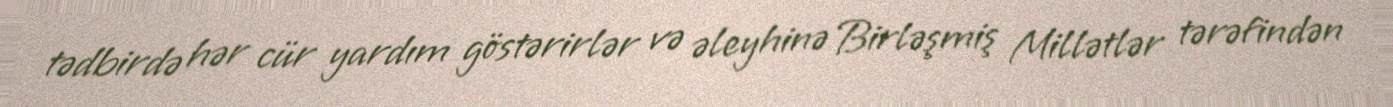
tədbirdə hər cür yardım göstərirlər və əleyhinə Birləşmiş Millətlər tərəfindən